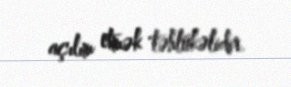
açılım etmək təhlükəlidir.